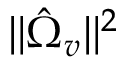
\| \hat { \Omega } _ { v } \| ^ { 2 }